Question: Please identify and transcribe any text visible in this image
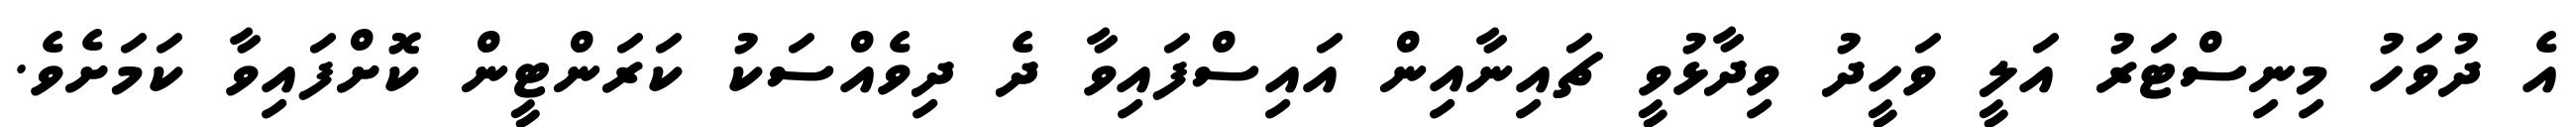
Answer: އެ ދުވަހު މިނިސްޓަރު އަލީ ވަހީދު ވިދާޅުވީ ޗައިނާއިން އައިސްފައިވާ ދެ ދިވެއްސަކު ކަރަންޓީން ކޮށްފައިވާ ކަމަށެވެ.